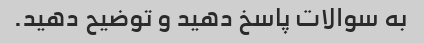
به سوالات پاسخ دهید و توضیح دهید.